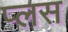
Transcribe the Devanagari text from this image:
प्‍लस